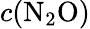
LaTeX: c(\mathrm{N_{2}O})